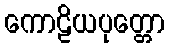
ကောဠိယပုတ္တော